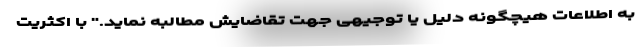
به اطلاعات هیچگونه دلیل یا توجیهی جهت تقاضایش مطالبه نماید." با اکثریت